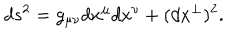
LaTeX: d s ^ { 2 } = g _ { \mu \nu } d x ^ { \mu } d x ^ { \nu } + ( d x ^ { \perp } ) ^ { 2 } .